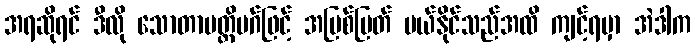
အရဆိုရင် ဒီလို သောတာပတ္တိမဂ်ဖြင့် အမြစ်ပြတ် ပယ်နိုင်သည်အထိ ကျင့်ရမှာ အဲဒါက